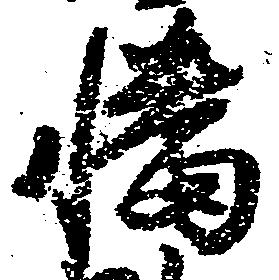
幡